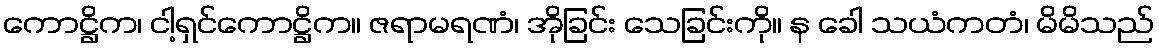
ကောဋ္ဌိက၊ ငါ့ရှင်ကောဋ္ဌိက။ ဇရာမရဏံ၊ အိုခြင်း သေခြင်းကို။ န ခေါ သယံကတံ၊ မိမိသည်